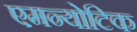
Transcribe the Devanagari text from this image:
एमन्योटिक